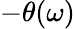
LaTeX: -\theta(\omega)